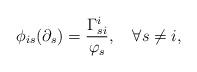
LaTeX: \begin{align*} \phi_{is}(\partial_s)=\frac{\Gamma_{si}^i}{\varphi_s},\quad\forall s\neq i, \end{align*}